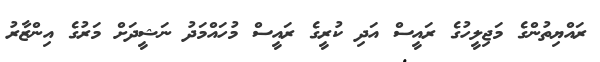
ރައްޔިތުންގެ މަޖިލީހުގެ ރައީސް އަދި ކުރީގެ ރައީސް މުހައްމަދު ނަޝީދަށް މަރުގެ އިންޒާރު